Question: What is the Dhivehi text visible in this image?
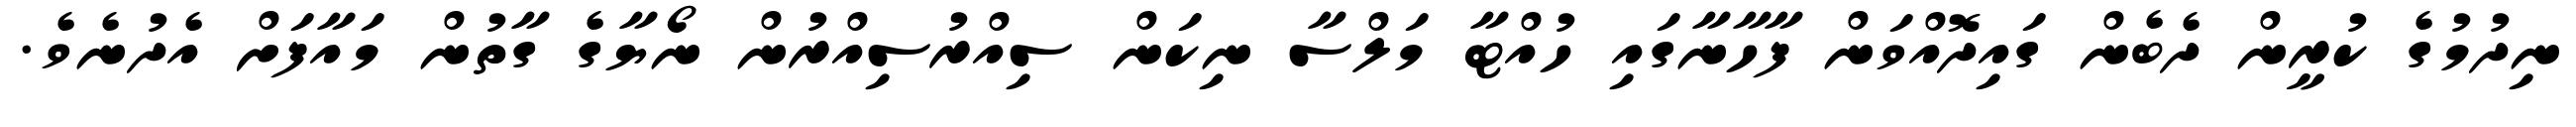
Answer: ނިދުމުގެ ކުރީން ދެބެން ގައިދޮއްވަން ފާހާނާގައި ހުއްޓާ މަލްސާ ނިކަން ސިއްރުސިއްރުން ނޯޔާގެ ގާތުން މައާފަށް އެދުނެވެ.